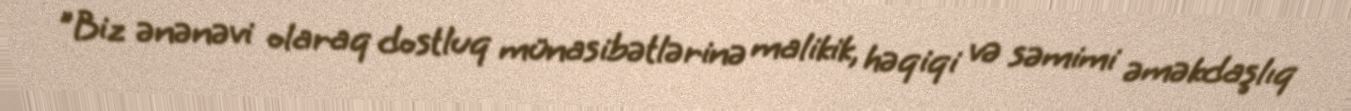
"Biz ənənəvi olaraq dostluq münasibətlərinə malikik, həqiqi və səmimi əməkdaşlıq